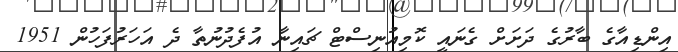
އިންޑިއާގެ ބާރުގެ ދަށަށް ގެނައީ ކޮމިއުނިސްޓް ޗައިނާ އުފެދުނުތާ ދެ އަހަރުފަހުން 1951